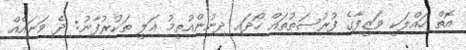
އޮތް ހައްލަކީ ވަޒީފާގެ ފުރުސަތުތައް ހޯދައި ދިނުންއުތީމު ޢަލީ ތަކުރުފާނު: ދެ ވަނައެއް